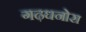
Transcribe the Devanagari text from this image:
गढ़धनोरा